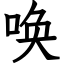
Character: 唤